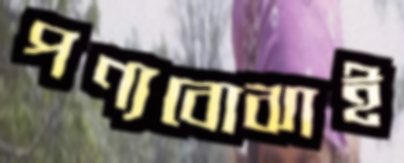
পণ্যবোঝাই